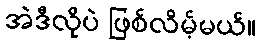
အဲဒီလိုပဲ ဖြစ်လိမ့်မယ်။